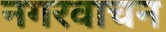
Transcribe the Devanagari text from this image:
नगरवाचन